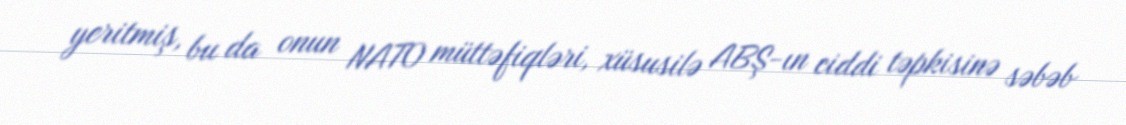
yeritmiş, bu da onun NATO müttəfiqləri, xüsusilə ABŞ-ın ciddi təpkisinə səbəb